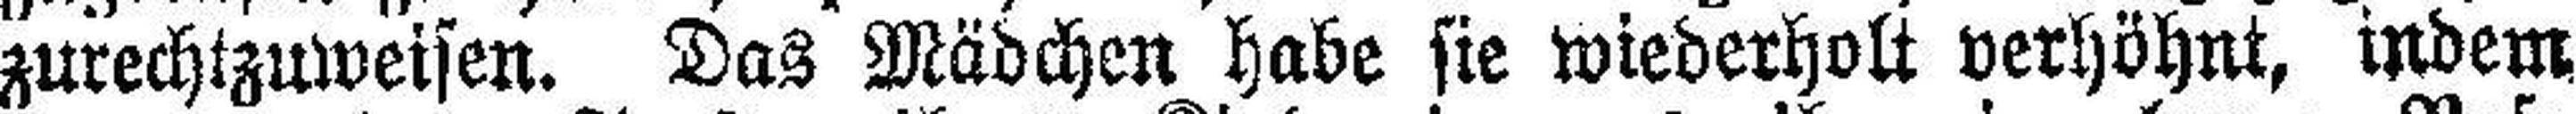
zurechtzuweisen. Das Mädchen habe sie wiederholt verhöhnt, indem